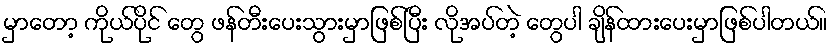
မှာတော့ ကိုယ်ပိုင် တွေ ဖန်တီးပေးသွားမှာဖြစ်ပြီး လိုအပ်တဲ့ တွေပါ ချိန်ထားပေးမှာဖြစ်ပါတယ်။